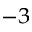
^ { - 3 }